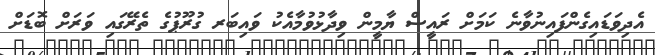
އެދިވަޑައިގެންފައިނުވާނެ ކަމަށް ރައީސް ޔާމީން ވިދާޅުވުމާއެކު ވައިބަރ ގުރޫޕުގެ ތެރޭގައި ވަރަށް ބޮޑަށް